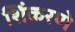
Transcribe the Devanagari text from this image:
शिंकरणे